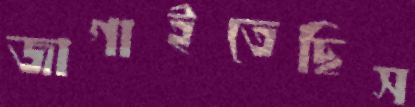
জাগাইতেছিস